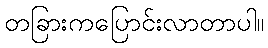
တခြားကပြောင်းလာတာပါ။